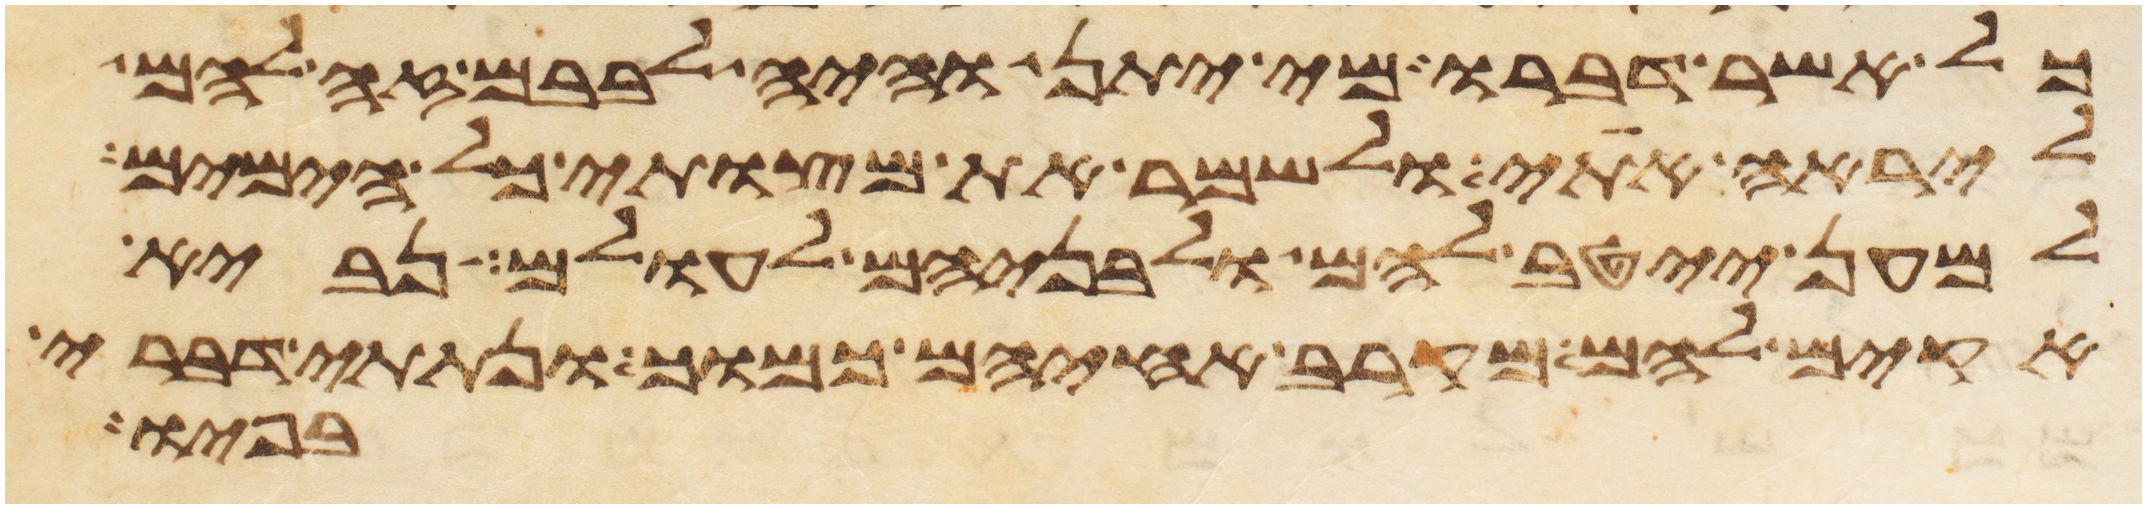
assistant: כל אשר דברו מי יתן והיה לבבם זה להם
ליראה אתי ולשמר את מצותי כל הימים
למען ייטב להם ולבניהם לעולם נביא
אקים להם מקרב אחיהם כמוך ונתתי דברי
בפיו